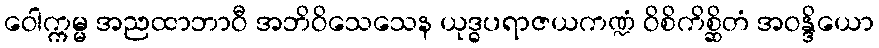
ဝေါက္ကမ္မ အညထာဘာဝီ အဘိဝိသေသေန ယုဒ္ဓပရာဇယကဏ္ဍံ ဝိစိကိစ္ဆိတံ အဝန္ဒိယော